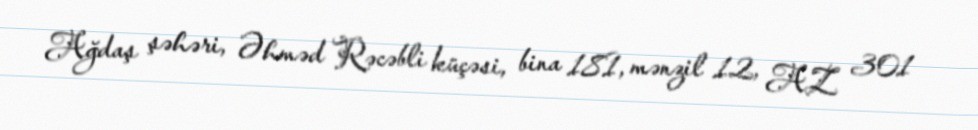
Ağdaş şəhəri, Əhməd Rəcəbli küçəsi, bina 181, mənzil 12, AZ 301